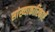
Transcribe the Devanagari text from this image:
सांख्याकारिकाएँ